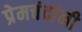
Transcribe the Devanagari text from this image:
प्रेमचंदांनी